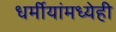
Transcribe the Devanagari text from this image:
धर्मीयांमध्येही